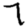
Digit: 7